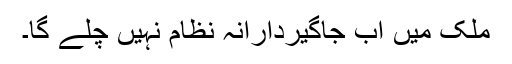
ملک میں اب جاگیردارانہ نظام نہیں چلے گا۔